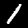
Digit: 1